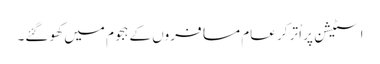
اسٹیشن پر اُتر کر عام مسافروں کے ہجوم میں کھو گئے۔